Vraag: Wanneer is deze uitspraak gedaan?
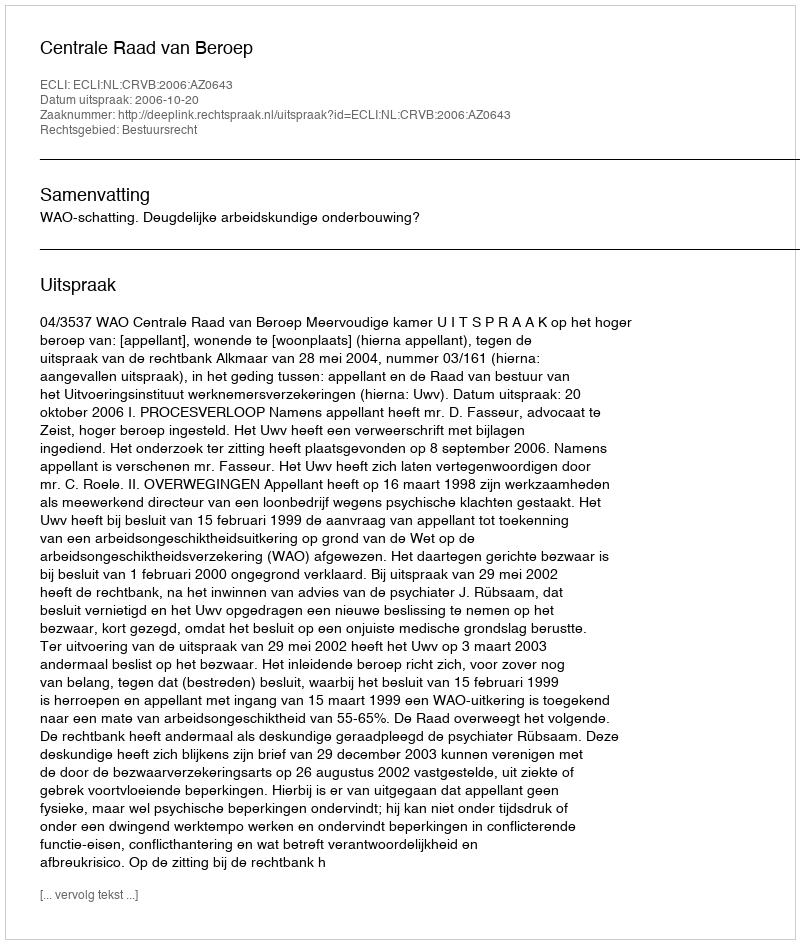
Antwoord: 2006-10-20